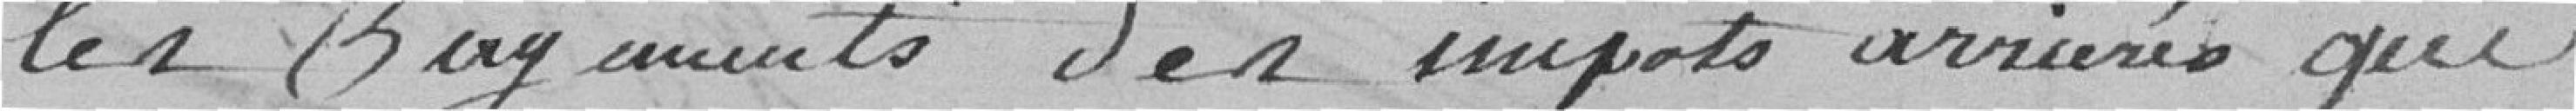
les paiements des impôts arriérés qui